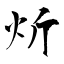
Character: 炘